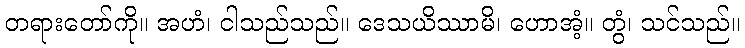
တရားတော်ကို။ အဟံ၊ ငါသည်သည်။ ဒေသယိဿာမိ၊ ဟောအံ့။ တွံ၊ သင်သည်။